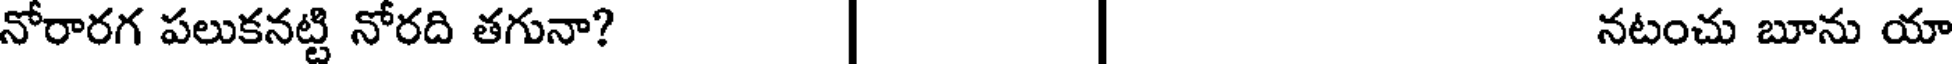
నోరారగ పలుకనట్టి నోరది తగునా? | | నటంచు బూను యా